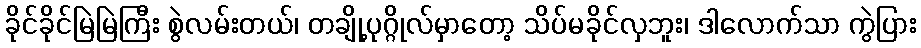
ခိုင်ခိုင်မြဲမြဲကြီး စွဲလမ်းတယ်၊ တချို့ပုဂ္ဂိုလ်မှာတော့ သိပ်မခိုင်လှဘူး၊ ဒါလောက်သာ ကွဲပြား